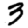
Digit: 3